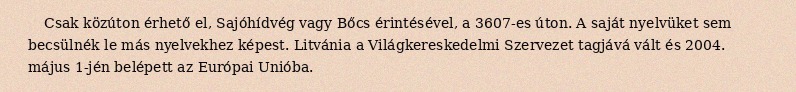
Csak közúton érhető el, Sajóhídvég vagy Bőcs érintésével, a 3607-es úton. A saját nyelvüket sem becsülnék le más nyelvekhez képest. Litvánia a Világkereskedelmi Szervezet tagjává vált és 2004. május 1-jén belépett az Európai Unióba.